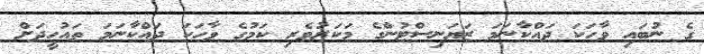
ގެ ނުބައި ވާހަކަ ދައްކާނަމަ ޒަޔަނިސްޓުންގެ މަކަރުވެރި ކަމުގެ ވާހަކަ ދައްކާނަމަ ތައުހީދަށް